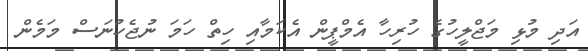
އަދި މުޅި މަޖްލީހުގެ ހުރިހާ އެމްޕީން އެކަމާއި ހިތް ހަމަ ނުޖެހުނަސް މަމެން